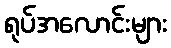
ရုပ်အလောင်းများ